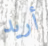
أريد